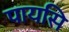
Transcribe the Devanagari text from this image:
पायसि